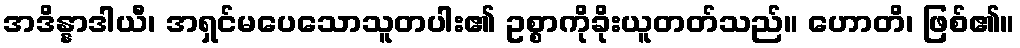
အဒိန္နာဒါယီ၊ အရှင်မပေသောသူတပါး၏ ဥစ္စာကိုခိုးယူတတ်သည်။ ဟောတိ၊ ဖြစ်၏။